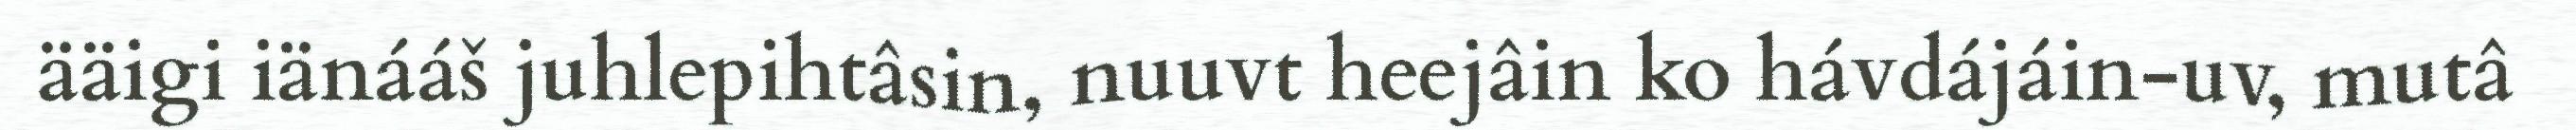
ääigi iänááš juhlepihtâsin, nuuvt heejâin ko hávdájáin-uv, mutâ